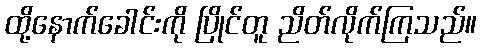
ထို့နောက်ခေါင်းကို ပြိုင်တူ ညိတ်လိုက်ကြသည်။